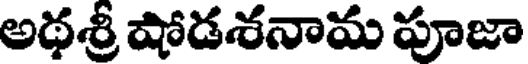
అథశ్రీ షోడశనామ పూజా